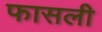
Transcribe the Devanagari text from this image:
फासली